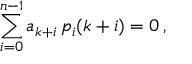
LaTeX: \sum _ { i = 0 } ^ { n - 1 } a _ { k + i } \, p _ { i } ( k + i ) = 0 \, ,